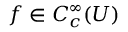
f \in C _ { c } ^ { \infty } ( U )